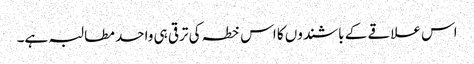
اس علاقے کے باشندوں کا اس خطہ کی ترقی ہی واحد مطالبہ ہے۔